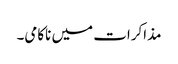
مذاکرات میں ناکامی۔